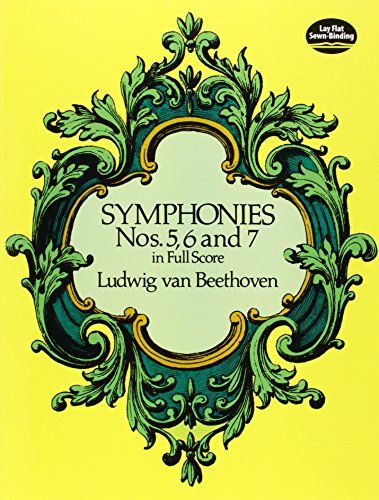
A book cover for Symphonies Nos. 5, 6 and 7 in Full Score (Dover Music Scores); Ludwig van Beethoven; Humor & Entertainment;